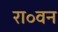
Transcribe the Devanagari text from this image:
रा॰वन